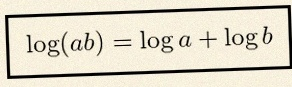
\log(ab)=\log a+\log b